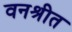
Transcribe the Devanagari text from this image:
वनश्रीत